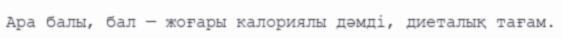
Ара балы, бал — жоғары калориялы дәмді, диеталық тағам.